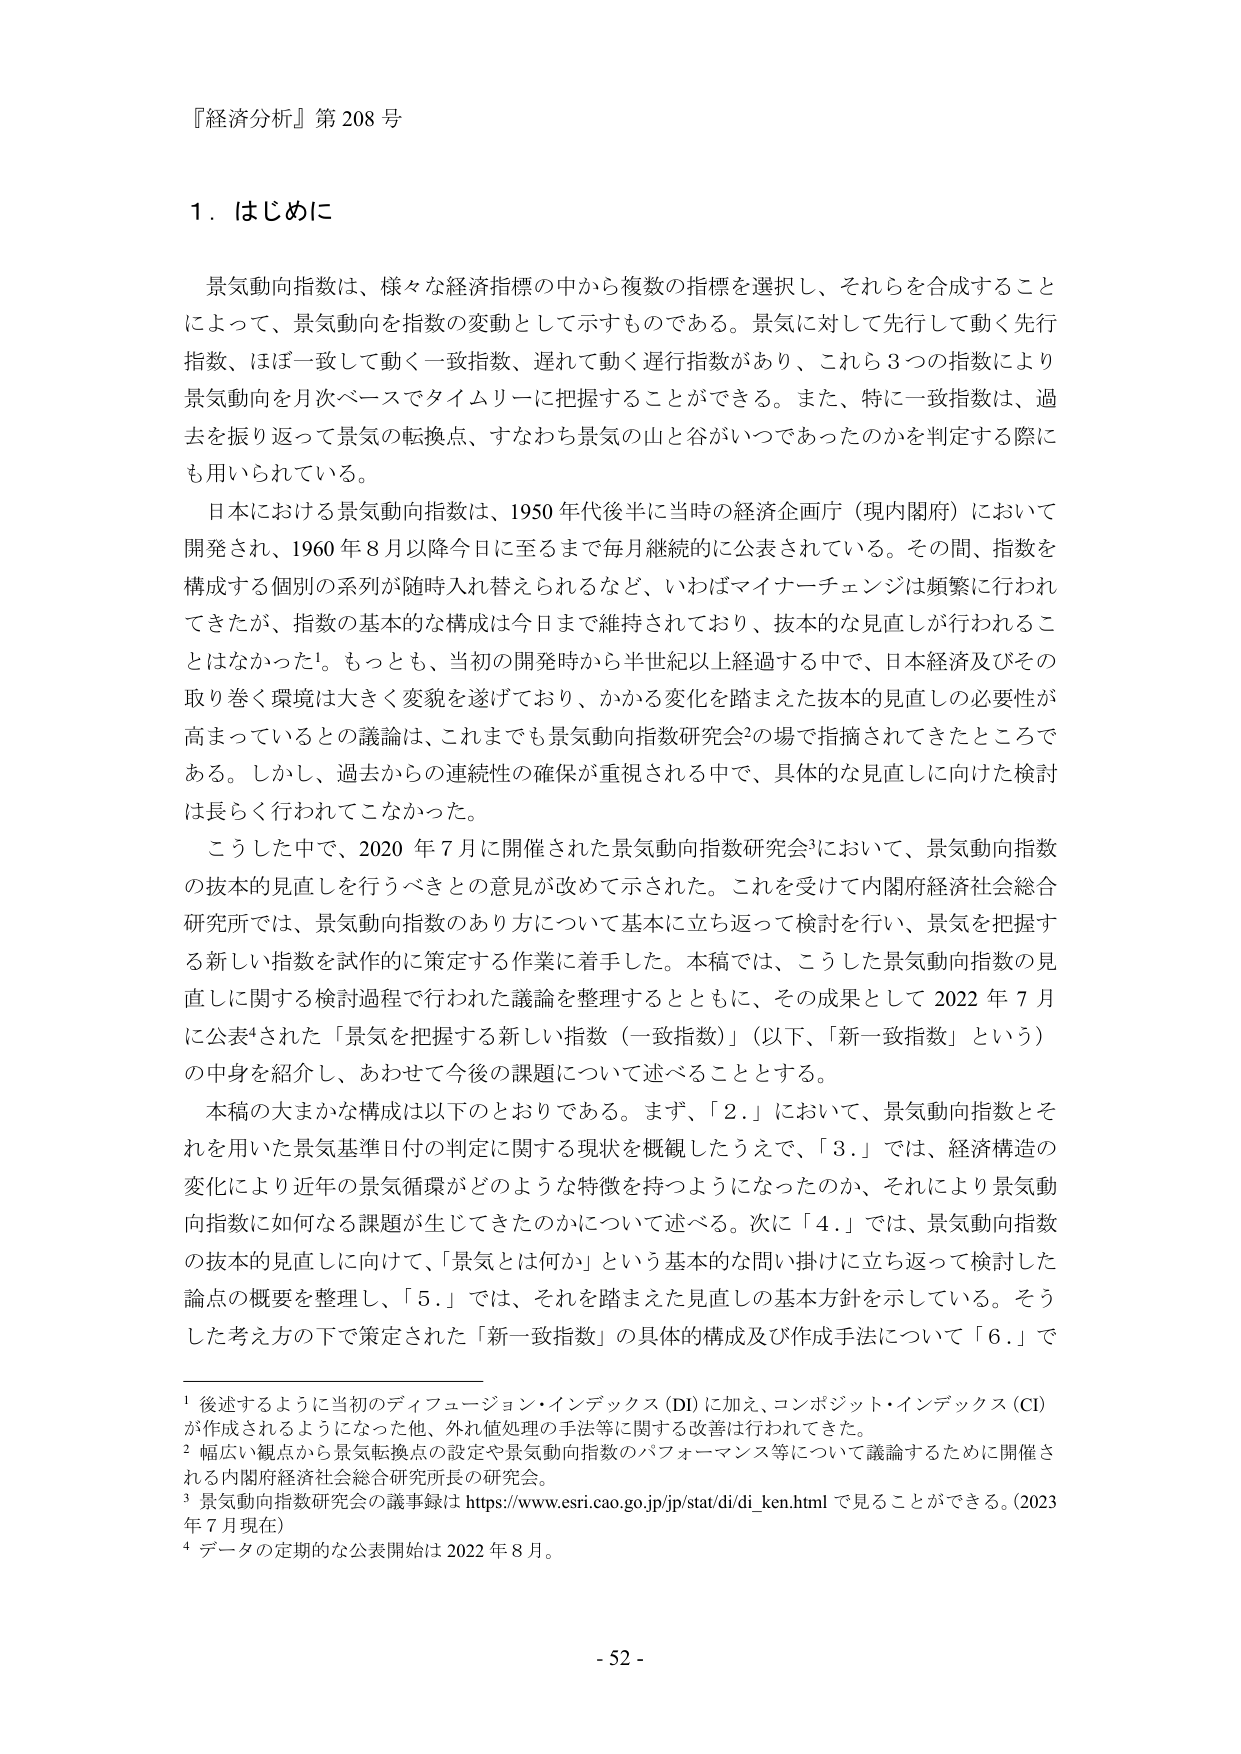
『経済分析』第208号

1．はじめに

景気動向指数は、様々な経済指標の中から複数の指標を選択し、それらを合成することによって、景気動向を指数の変動として示すものである。景気に対して先行して動く先行指数、ほぼ一致して動く一致指数、遅れて動く遅行指数があり、これら3つの指数により景気動向を月次ベースでタイムリーに把握することができる。また、特に一致指数は、過去を振り返って景気の転換点、すなわち景気の山と谷がいつであったのかを判定する際にも用いられている。

日本における景気動向指数は、1950年代後半に当時の経済企画庁（現内閣府）において開発され、1960年8月以降今日に至るまで毎月継続的に公表されている。その間、指数を構成する個別の系列が随時入れ替えられるなど、いわばマイナーチェンジは頻繁に行われてきたが、指数の基本的な構成は今日まで維持されており、抜本的な見直しが行われることはなかった¹。もっとも、当初の開発時から半世紀以上経過する中で、日本経済及びその取り巻く環境は大きく変貌を遂げており、かかる変化を踏まえた抜本的見直しの必要性が高まっているとの議論は、これまでも景気動向指数研究会²の場で指摘されてきたところである。しかし、過去からの連続性の確保が重視される中で、具体的な見直しに向けた検討は長らく行われてこなかった。

こうした中で、2020年7月に開催された景気動向指数研究会³において、景気動向指数の抜本的見直しを行うべきとの意見が改めて示された。これを受けて内閣府経済社会総合研究所では、景気動向指数のあり方について基本に立ち返って検討を行い、景気を把握する新しい指数を試作的に策定する作業に着手した。本稿では、こうした景気動向指数の見直しに関する検討過程で行われた議論を整理するとともに、その成果として2022年7月に公表⁴された「景気を把握する新しい指数（一致指数）」（以下、「新一致指数」という）の中身を紹介し、あわせて今後の課題について述べることとする。

本稿の大まかな構成は以下のとおりである。まず、「2．」において、景気動向指数とそれを用いた景気基準日付の判定に関する現状を概観したうえで、「3．」では、経済構造の変化により近年の景気循環がどのような特徴を持つようになったのか、それにより景気動向指数に如何なる課題が生じてきたのかについて述べる。次に「4．」では、景気動向指数の抜本的見直しに向けて、「景気とは何か」という基本的な問い掛けに立ち返って検討した論点の概要を整理し、「5．」では、それを踏まえた見直しの基本方針を示している。そうした考え方の下で策定された「新一致指数」の具体的構成及び作成手法について「6．」で

¹ 後述するように当初のディフュージョン・インデックス（DI）に加え、コンポジット・インデックス（CI）が作成されるようになった他、外れ値処理の手法等に関する改善は行われてきた。

² 幅広い観点から景気転換点の設定や景気動向指数のパフォーマンス等について議論するために開催される内閣府経済社会総合研究所長の研究会。

³ 景気動向指数研究会の議事録は https://www.esri.cao.go.jp/jp/stat/di/di_ken.html で見ることができる。（2023年7月現在）

⁴ データの定期的な公表開始は2022年8月。

- 52 -